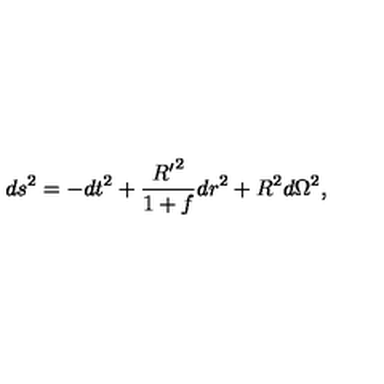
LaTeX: d { s ^ { 2 } } = - d { t ^ { 2 } } + { \frac { { R ^ { \prime } } ^ { 2 } } { 1 + f } } d { r ^ { 2 } } + { R ^ { 2 } } d { \Omega ^ { 2 } } ,